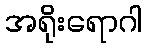
အရိုးရောဂါ